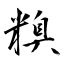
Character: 糗